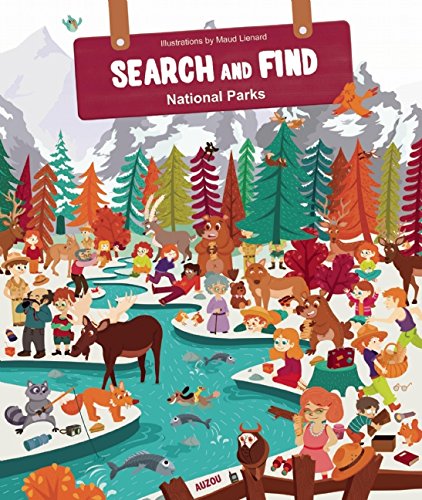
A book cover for Search and Find National Parks (Search and Find (Auzou Publishing)); Maud Lienard; Children's Books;